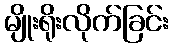
မျိုးရိုးလိုက်ခြင်း